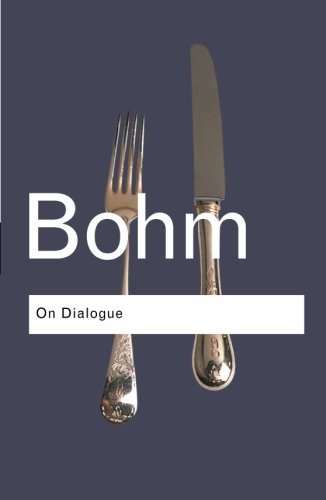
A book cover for On Dialogue (Routledge Classics); David Bohm; Politics & Social Sciences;